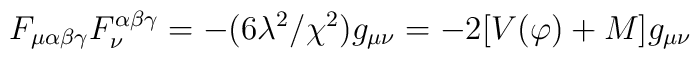
F_{\mu\alpha\beta\gamma}F_{\nu}^{\alpha\beta\gamma}=-(6\lambda^{2}/\chi^{2})g_{\mu\nu}=-2[V(\varphi)+M]g_{\mu\nu}